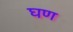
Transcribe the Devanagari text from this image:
घण